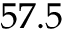
5 7 . 5